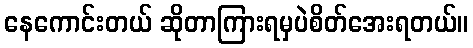
နေကောင်းတယ် ဆိုတာကြားရမှပဲစိတ်အေးရတယ်။